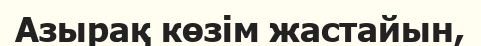
Азырақ көзім жастайын,